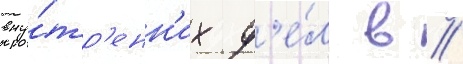
вну́тр'енн'их д'е́л в //